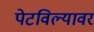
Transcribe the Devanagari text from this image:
पेटविल्यावर